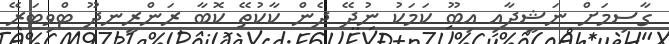
ގާސިމަށް ނަޝީދާއި އިބޫ ކަމަކު ނުދޭ ދެން ކާކުތޭ ކޮބާ ރަންރީނދޫ ޓްވިޓަރޭ